Report of the Municipal Commissioner on the plague in Bombay for the year ending 31st May... - Volume 3
Disease focus: Plague
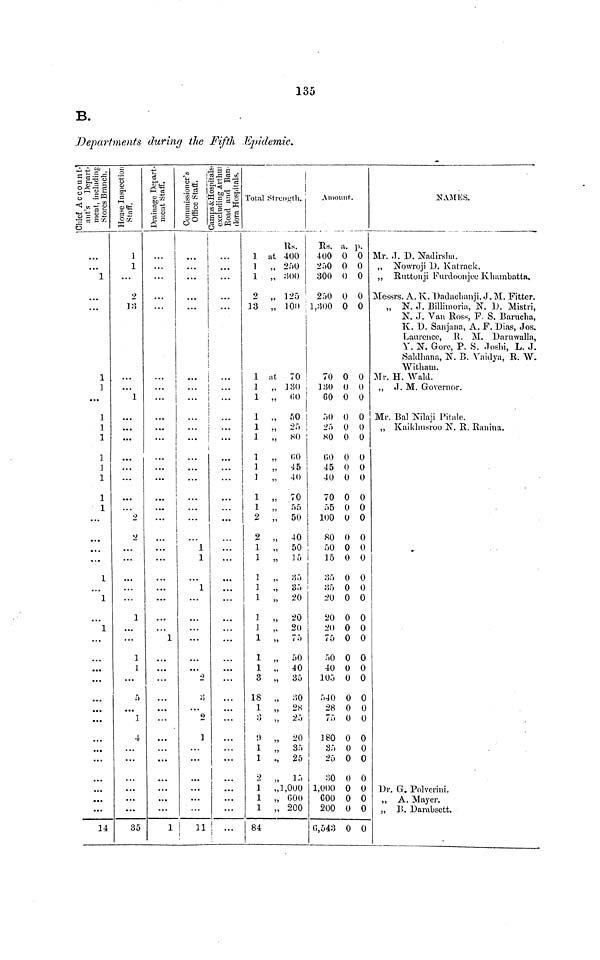
135
B.
Departments during the Fifth Epidemic
Chief Account-
ant's Depart-
ment, including
Stores Branch.
...
...
1
1
1
...
1
1
1
1
1
1
1
1
...
...
1
...
1
1
...
...
...
14
House Inspection Staff.
1
1
2
13
1
• • •
...
...
...
2
2
...
...
...
1
...
...
1
1
...
5
]
4
35
Drainage Department Staff.
...
...
...
...
...
...
...
...
...
...
...
...
• • •
...
...
...
1
...
...
1
Commissioner's
Office Staff.
...
...
...
...
...
...
...
1
1
1
...
...
...
...
2
3
2
1
11
Camps&Hospitals, excluding Arthm Road
...
...
...
...
...
• • •
...
...
...
...
...
...
...
...
...
Total Strength.
1 at
1
1
9
13
1 at
1
1
1
1
1
1
1
1
1
1
2
2
1
1
1
1
1
1
1
1
1
1
3
18
1 3
9
1
1
2
1
1
1
84
Rs.
400
250
300
125
100
70
130
60
50
25
80
60
45
40
70
55
50
40
50
15
35
35
20
20
20
75
50
40
35
30
28
25
20
35
25
15
1,000
600
200
Amount.
Rs. a. p.
400 0 0
250 0 0
300 0 0
250 0 0
1,300 0 0
70 0 0
130 0 0
60 0 0
50 0 0
25 0 0
80 0 0
60 0 0
45 0 0
40 0 0
70 0 0
55 0 0
100 0 0
80 0 0
50 0 0
15 0 0
35 0 0
35 0 0
20 0 0
20 0 0
20 0 0
75 0 0
50 0 0
40 0 0
105 0 0
540 0 0
28 0 0
75 0 0
180 0 0
35 0 0
25 0 0
30 0 0
1,000 0 0
600 0 0
200 0 0
6,543 0 0
NAMES.
Mr. J. D. Nadirsha.
Nowroji D. Katrack.
Ruttonji Furdoonjee Kbambatta.
Messrs. A. K. Dadachanji, J. M. Fitter.
N. J. Billhnoria, N. D. Mistri,
N. J. Van Ross, F. S. Barucha,
K. D. Sanjana, A. F. Dias, Jos.
Laurence, R. M. Daruwalla,
Y. N. Gore, P. S. Joshi, L. J.
Saldhana, N. B. Vaidya, R. W.
Witham.
Mr. H. Wald.
,, J. M. Governor.
Mr. Bal Nilaji Pitale.
Kaikbusroo N. R. Ranina.
Dr. G. Polverini.
,, A. Mayer.
B. Darabsett.